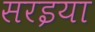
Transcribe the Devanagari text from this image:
सरइया